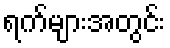
ရက်များအတွင်း